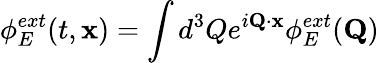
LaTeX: \phi_{E}^{ext}(t,{\mathbf x})=\int d^{3}Qe^{i{\mathbf Q}\cdot{\mathbf x}}\phi_{E}^{ext}({\mathbf Q})